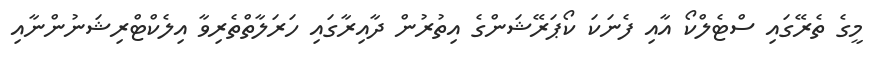
މީގެ ތެރޭގައި ސްޓެލްކޯ އާއި ފެނަކަ ކޯޕަރޭޝަންގެ އިތުރުން ދާއިރާގައި ހަރަލާތްތެރިވާ އިލެކްޓްރިޝަނުންނާއި